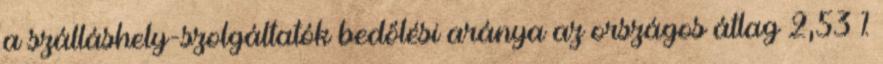
a szálláshely-szolgáltatók bedőlési aránya az országos átlag 2,53 %